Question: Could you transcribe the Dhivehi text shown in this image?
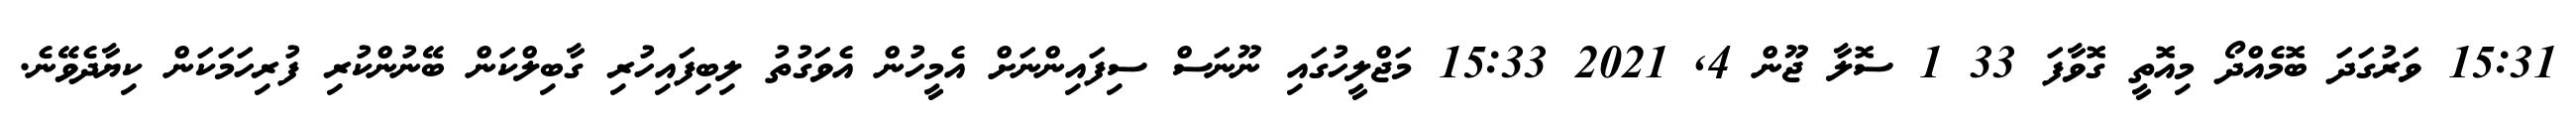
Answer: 15:31 ވަރުގަދަ ބޮމެއްދޯ މިއޮތީ ގޮވާފަ 33 1 ސޮލާ ޖޫން 4, 2021 15:33 މަޖްލީހުގައި ނޫނަސް ސިފައިންނަށް އެމީހުން އެވަގުތު ލިބިފައިހުރި ގާބިލްކަން ބޭނުންކުރި ފުރިހަމަކަން ކިޔާދެވޭނެ.